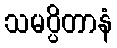
သမပ္ပိတာနံ